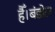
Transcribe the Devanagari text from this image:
हैँ।बंडोल